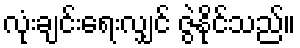
လုံးချင်းရေးလျှင် ဇွဲနိုင်သည်။